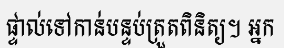
ផ្ទាល់ទៅកាន់បន្ទប់ត្រួតពិនិត្យ។ អ្នក